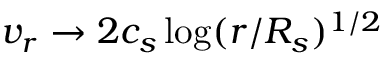
v _ { r } \rightarrow 2 c _ { s } \log ( r / R _ { s } ) ^ { 1 / 2 }